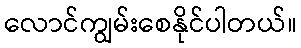
လောင်ကျွမ်းစေနိုင်ပါတယ်။